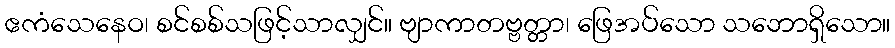
ဧကံသေနေဝ၊ စင်စစ်သဖြင့်သာလျှင်။ ဗျာကာတဗ္ဗတ္တာ၊ ဖြေအပ်သော သဘောရှိသော။